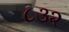
૮૩૨